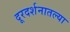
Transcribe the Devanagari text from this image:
दूरदर्शनातल्या